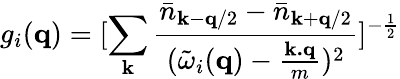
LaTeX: g_{i}({\mathbf{q}})=[\sum_{{\mathbf{k}}}\frac{{\bar{n}}_{{\mathbf{k}}-{\mathbf{q}}/2}-{\bar{n}}_{{\mathbf{k}}+{\mathbf{q}}/2}}{({\tilde{\omega}}_{i}({\mathbf{q}})-\frac{{\mathbf{k.q}}}{m})^{2}}]^{-\frac{1}{2}}